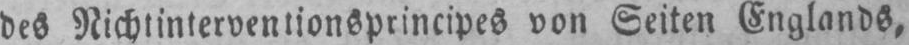
des Nichtinterventionsprincipes von Seiten Englands‚